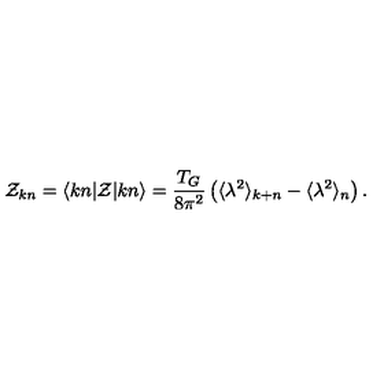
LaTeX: { \cal Z } _ { k n } = \langle k n | { \cal Z } | k n \rangle = \frac { T _ { G } } { 8 \pi ^ { 2 } } \left( \langle \lambda ^ { 2 } \rangle _ { k + n } - \langle \lambda ^ { 2 } \rangle _ { n } \right) .